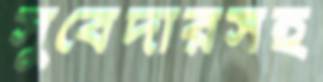
সুবেদারসহ